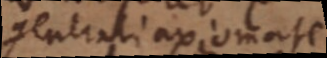
generali axiomate,